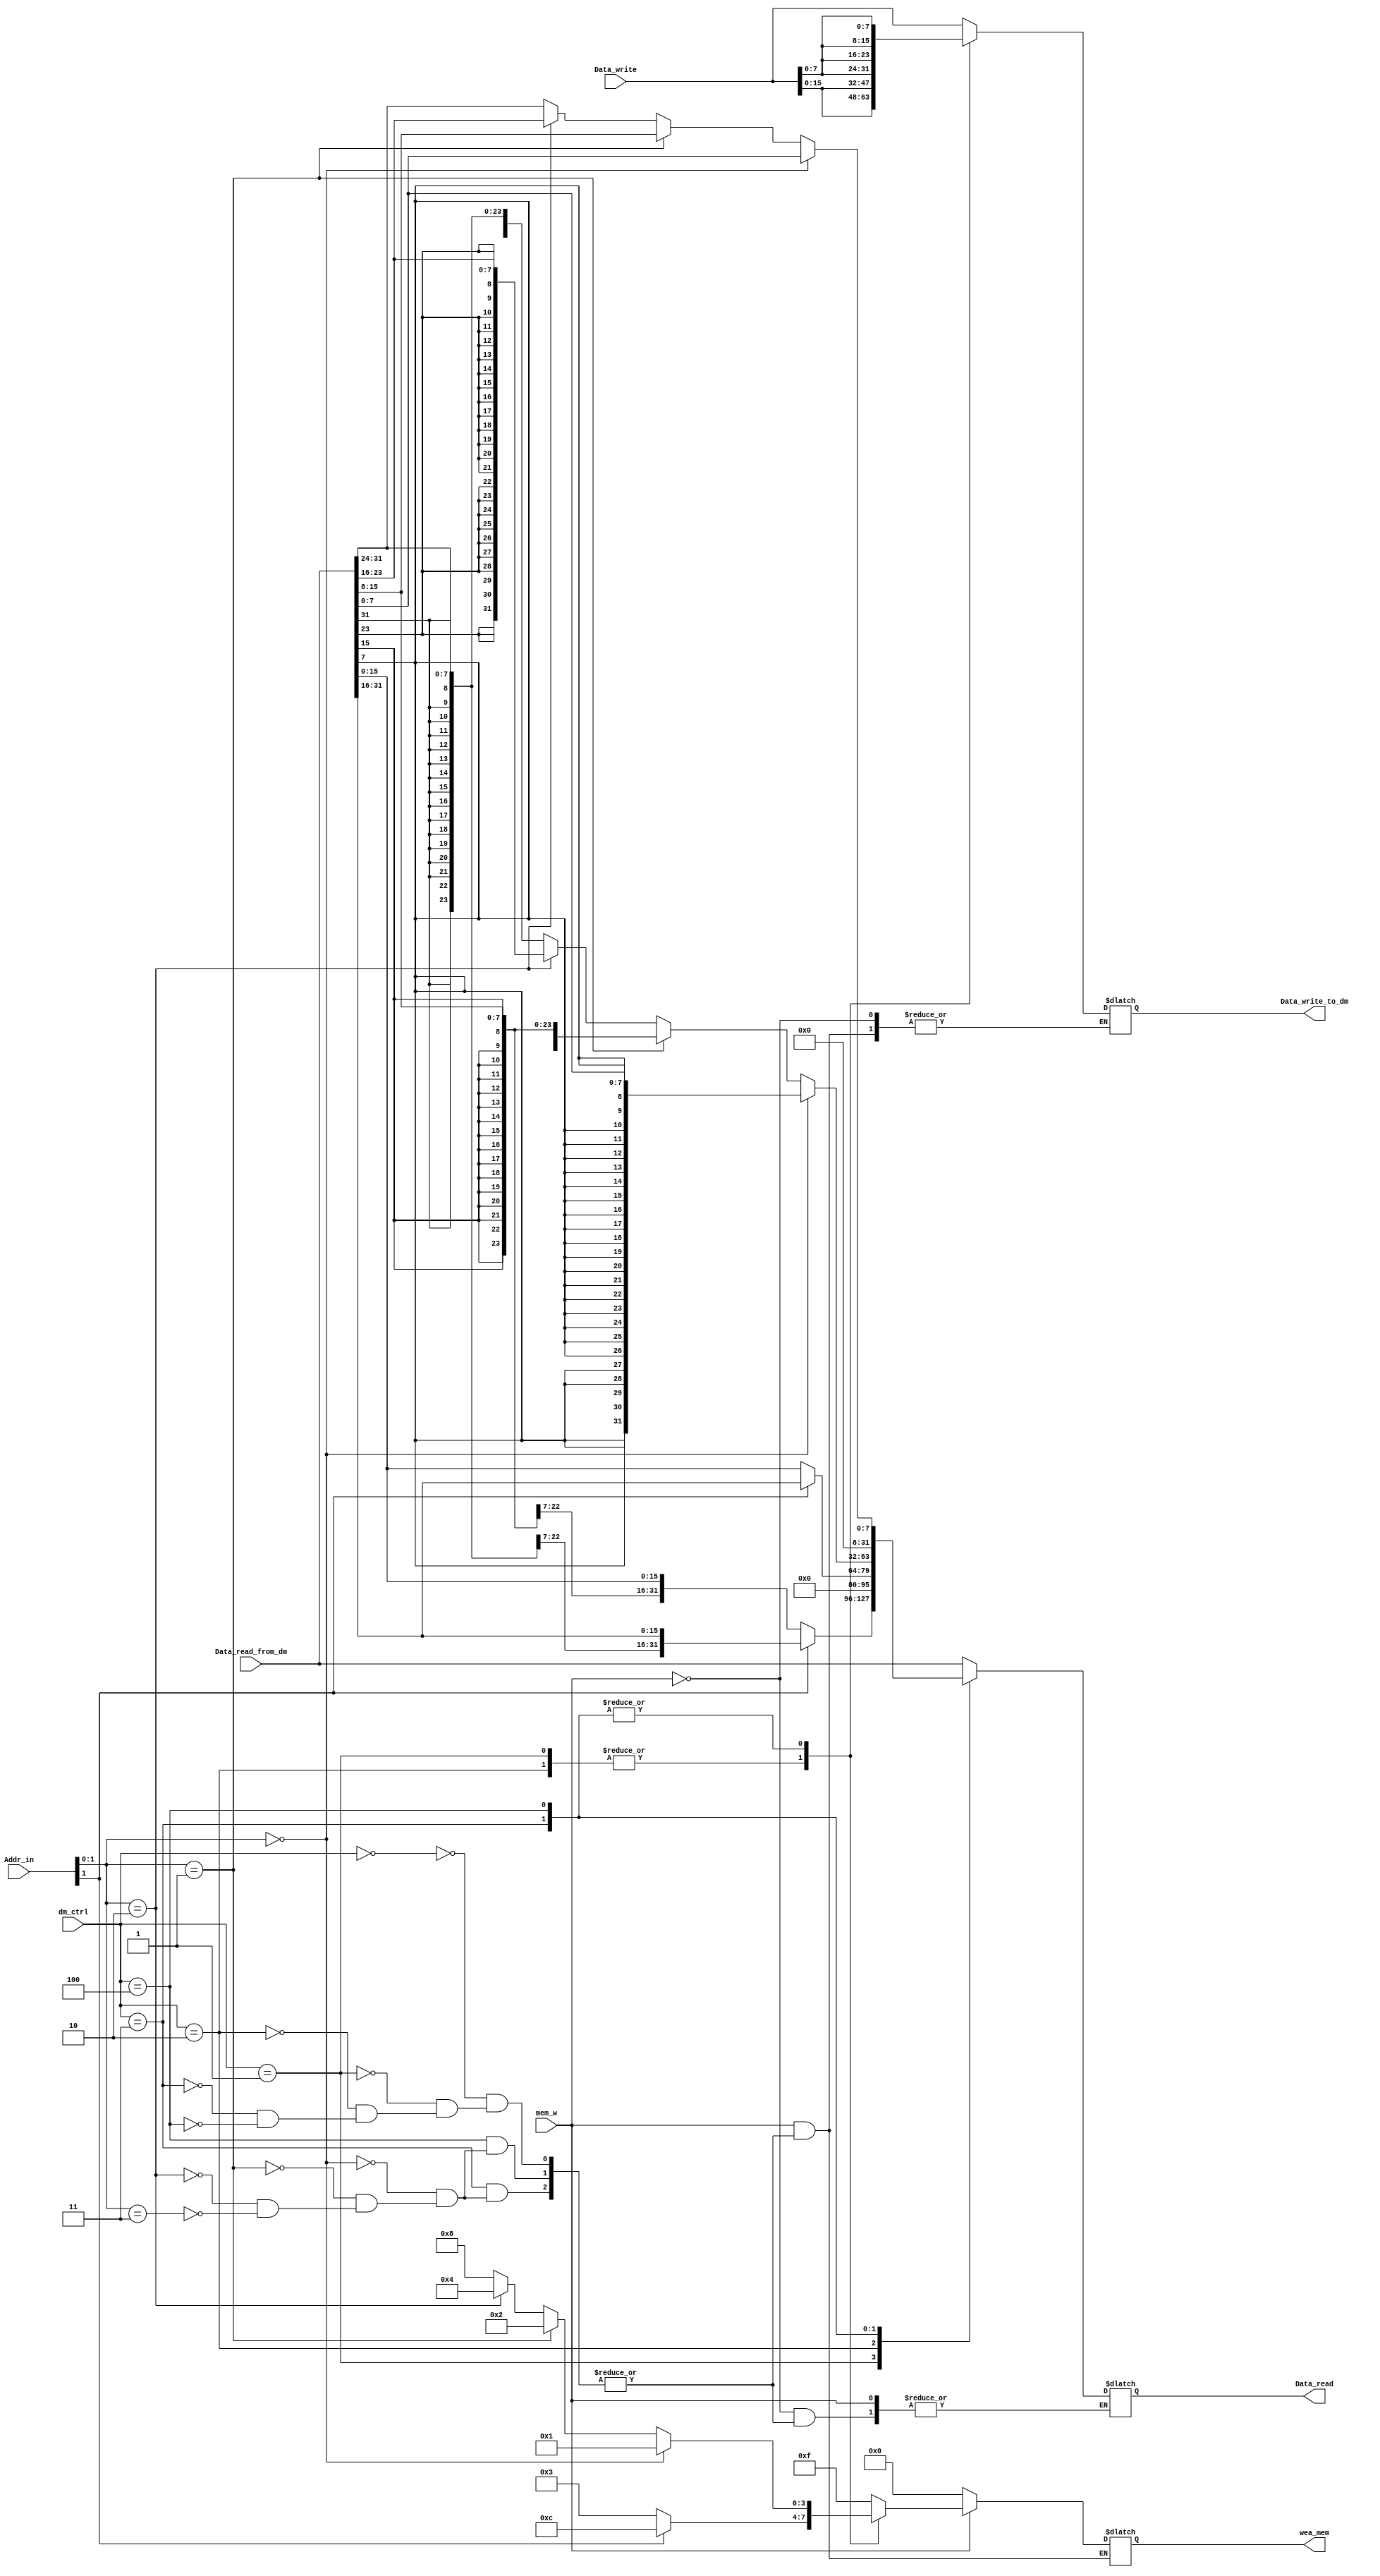
`timescale 1ns / 1ps
//////////////////////////////////////////////////////////////////////////////////
// Company: 
// Engineer: 
// 
// Design Name: 
// Module Name: dm
// Project Name: 
// Target Devices: 
// Tool Versions: 
// Description: 
// 
// Dependencies: 
// 
// Revision:
// Revision 0.01 - File Created
// Additional Comments:
// 
//////////////////////////////////////////////////////////////////////////////////

`define dm_word 3'b000
`define dm_halfword 3'b001
`define dm_halfword_unsigned 3'b010
`define dm_byte 3'b011
`define dm_byte_unsigned 3'b100
module dm_controller(
    input mem_w,
    input [31:0]Addr_in,
    input [31:0]Data_write,
    input [2:0]dm_ctrl,
    input [31:0]Data_read_from_dm,
    output reg [31:0]Data_read,
    output reg [31:0]Data_write_to_dm,
    output reg [3:0]wea_mem
    );
    always @(*)
    if(mem_w)begin
    //Data_write_to_dm<=Data_write;
    case(dm_ctrl)
        `dm_word: 
            begin
            wea_mem<=4'b1111;
            Data_write_to_dm<=Data_write;
            end
        `dm_halfword:
            if(Addr_in[1]==1'b0)
             begin wea_mem<=4'b0011; Data_write_to_dm<={2{Data_write[15:0]}}; end
            else if 
            (Addr_in[1]==1'b1) begin wea_mem<=4'b1100;Data_write_to_dm<={2{Data_write[15:0]}}; end
        `dm_halfword_unsigned:
            if(Addr_in[1]==1'b0)
             begin wea_mem<=4'b0011; Data_write_to_dm<={2{Data_write[15:0]}}; end
            else if (Addr_in[1]==1'b1) 
            begin wea_mem<=4'b1100;Data_write_to_dm<={2{Data_write[15:0]}}; end
        `dm_byte:
            if(Addr_in[1:0]==2'b00) 
            begin wea_mem<=4'b0001;Data_write_to_dm<={4{Data_write[7:0]}}; end
            else if(Addr_in[1:0]==2'b01)
             begin wea_mem<=4'b0010; Data_write_to_dm<={4{Data_write[7:0]}}; end 
            else if (Addr_in[1:0]==2'b10)
             begin wea_mem<=4'b0100; Data_write_to_dm<={4{Data_write[7:0]}}; end
            else if (Addr_in[1:0]==2'b11)
             begin wea_mem<=4'b1000; Data_write_to_dm<={4{Data_write[7:0]}}; end    
        `dm_byte_unsigned:
             if(Addr_in[1:0]==2'b00) 
             begin wea_mem<=4'b0001;Data_write_to_dm<={4{Data_write[7:0]}}; end
             else if(Addr_in[1:0]==2'b01) 
             begin wea_mem<=4'b0010;Data_write_to_dm<={4{Data_write[7:0]}}; end 
             else if (Addr_in[1:0]==2'b10)
              begin wea_mem<=4'b0100;Data_write_to_dm<={4{Data_write[7:0]}}; end
             else if (Addr_in[1:0]==2'b11)
              begin wea_mem<=4'b1000; Data_write_to_dm<={4{Data_write[7:0]}};end         
    endcase    
    end
    else begin
    wea_mem<=4'b0000;
    case(dm_ctrl)
            `dm_word:
                Data_read<=Data_read_from_dm;
            `dm_halfword:
                if(Addr_in[1]==1'b0)
                 begin Data_read<={{16{Data_read_from_dm[15]}},Data_read_from_dm[15:0]}; end
                else if(Addr_in[1]==1'b1)
                 begin Data_read<={{16{Data_read_from_dm[31]}},Data_read_from_dm[31:16]}; end
            `dm_halfword_unsigned:
                if(Addr_in[1]==1'b0) 
                begin Data_read<={16'b0,Data_read_from_dm[15:0]}; end
                else if(Addr_in[1]==1'b1)
                 begin Data_read<={16'b0,Data_read_from_dm[31:16]}; end
            `dm_byte:
                if(Addr_in[1:0]==2'b00) 
                begin Data_read<={{24{Data_read_from_dm[7]}},Data_read_from_dm[7:0]}; end
                else if (Addr_in[1:0]==2'b01) 
                begin Data_read<={{24{Data_read_from_dm[15]}},Data_read_from_dm[15:8]}; end
                else if (Addr_in[1:0]==2'b10) 
                begin Data_read<={{24{Data_read_from_dm[23]}},Data_read_from_dm[23:16]}; end
                else if (Addr_in[1:0]==2'b11)
                 begin Data_read<={{24{Data_read_from_dm[31]}},Data_read_from_dm[31:24]}; end
            `dm_byte_unsigned:
                if(Addr_in[1:0]==2'b00) 
                begin Data_read<={24'b0,Data_read_from_dm[7:0]}; end
                else if (Addr_in[1:0]==2'b01) 
                begin Data_read<={24'b0,Data_read_from_dm[15:8]}; end
                else if (Addr_in[1:0]==2'b10)
                 begin Data_read<={24'b0,Data_read_from_dm[23:16]}; end
                else if (Addr_in[1:0]==2'b11) 
                begin Data_read<={24'b0,Data_read_from_dm[31:24]}; end
    endcase
    end
endmodule